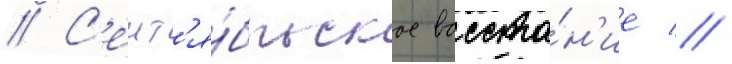
// С'ент'я́брьское восста́н'ие //